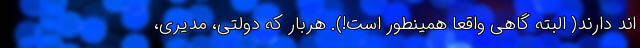
اند دارند( البته گاهی واقعا همینطور است!). هربار که دولتی، مدیری،